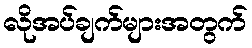
လိုအပ်ချက်များအတွက်